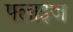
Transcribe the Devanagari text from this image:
फ्लाइज